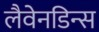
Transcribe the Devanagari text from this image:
लैवेनडिन्स